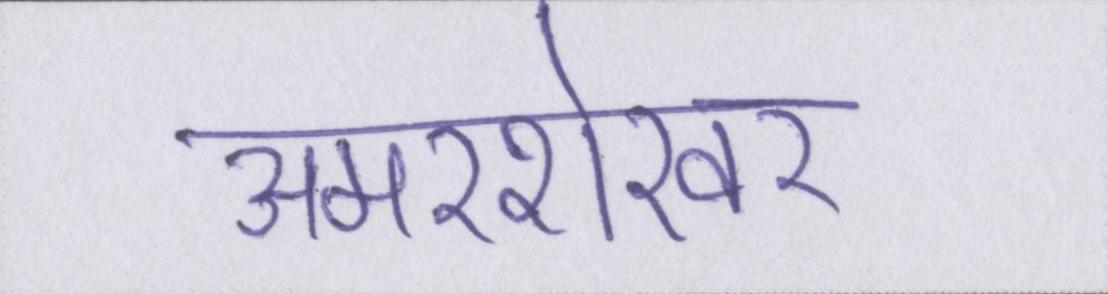
अमरशेखर